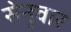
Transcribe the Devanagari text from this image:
सेनुवार